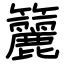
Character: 籭